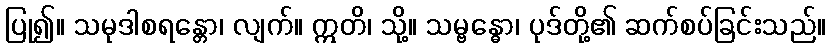
ပြု၍။ သမုဒါစရန္တော၊ လျက်။ ဣတိ၊ သို့။ သမ္ဗန္ဓော၊ ပုဒ်တို့၏ ဆက်စပ်ခြင်းသည်။